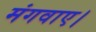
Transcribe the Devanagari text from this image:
मंगवाए।